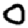
Digit: 0